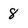
Character: 8